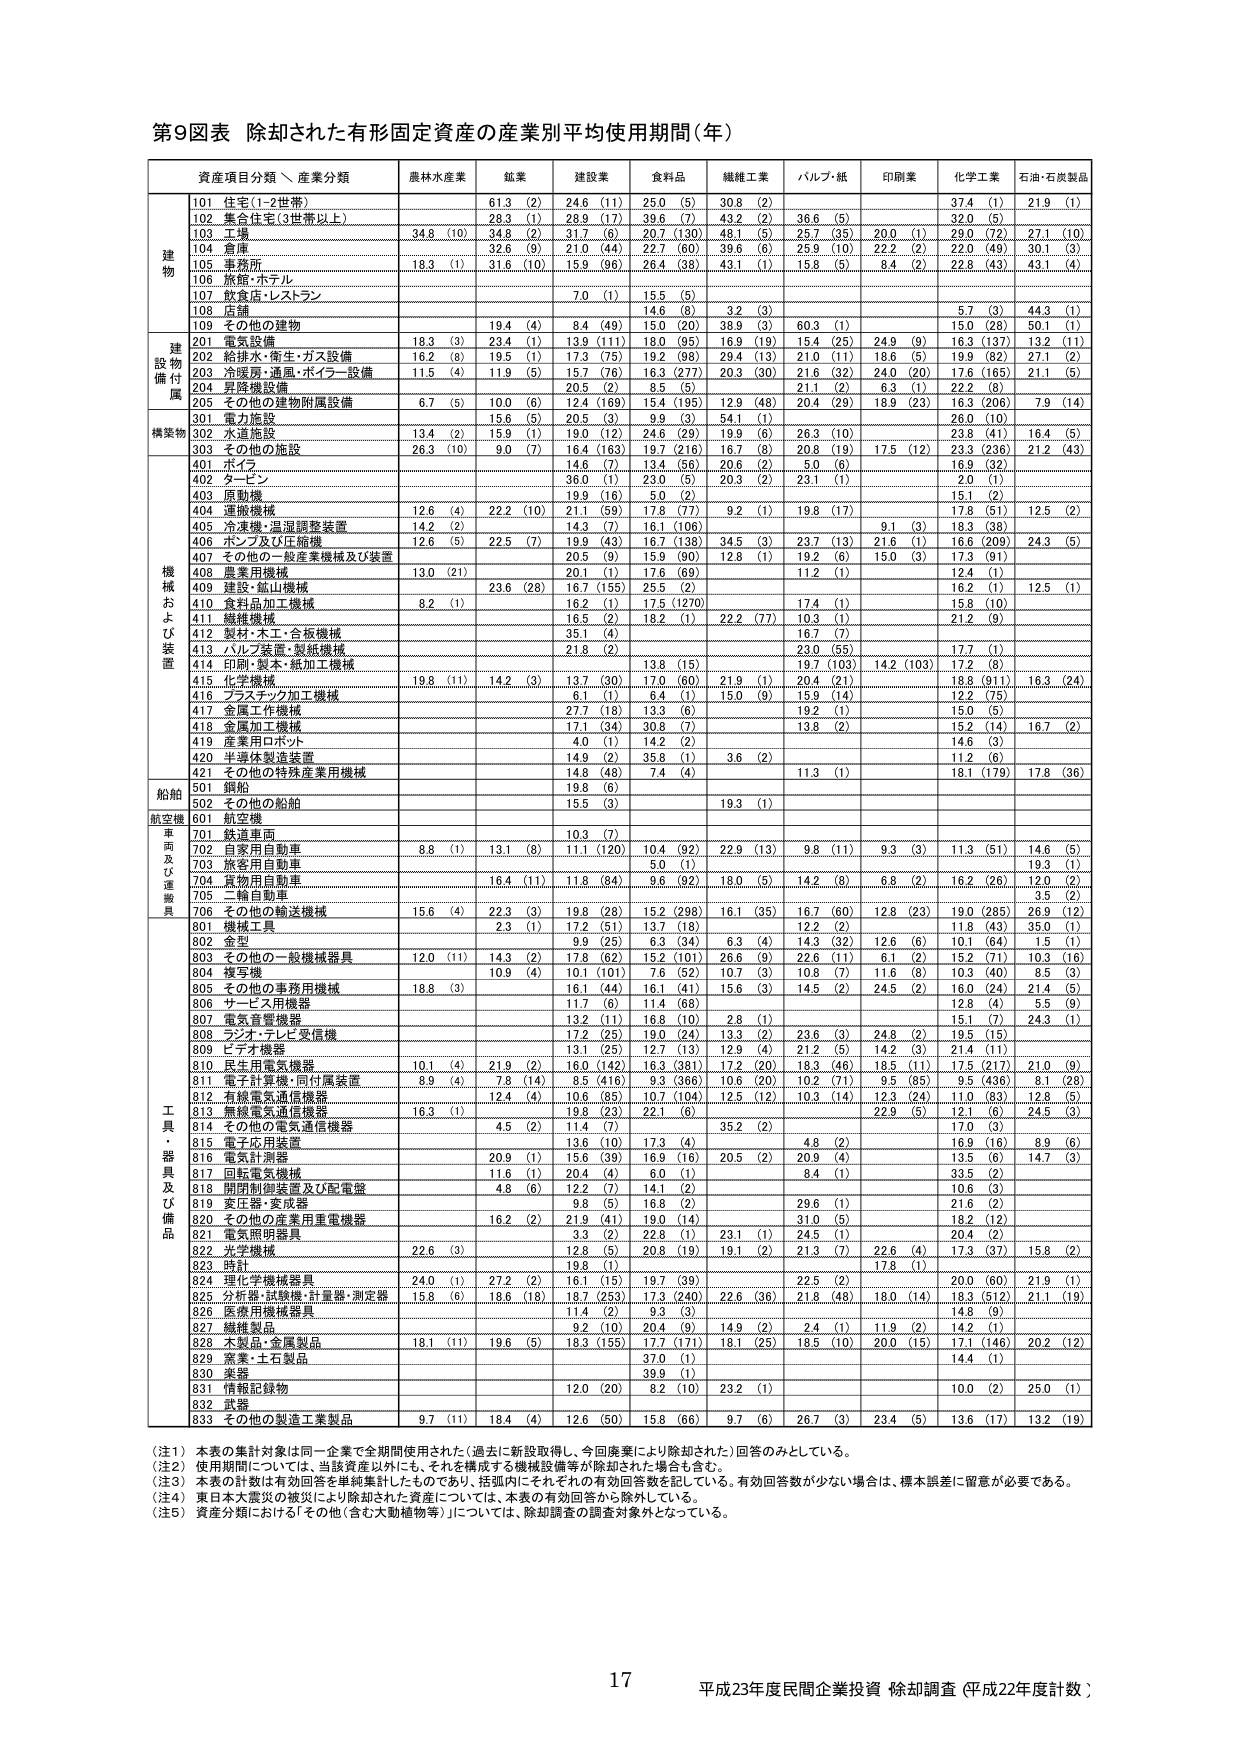
第9図表 除却された有形固定資産の産業別平均使用期間（年）

資産項目分類／産業分類　農林水産業　鉱業　建設業　食料品　繊維工業　パルプ・紙　印刷業　化学工業　石油・石炭製品

建物
101 住宅(1-2世帯)　61.3 (2)　24.6 (11)　25.0 (5)　30.8 (2)　　　　　　　37.4 (1)　21.9 (1)
102 集合住宅(3世帯以上)　28.3 (1)　28.9 (17)　39.6 (7)　43.2 (2)　36.6 (5)　　　32.0 (5)　　
103 工場　34.8 (10)　34.8 (2)　31.7 (6)　20.7 (130)　48.1 (5)　25.7 (35)　20.0 (1)　29.0 (72)　27.1 (10)
104 倉庫　　　　　　　32.6 (9)　21.0 (44)　22.7 (60)　39.6 (6)　25.9 (10)　22.2 (2)　22.0 (49)　30.1 (3)
105 事務所　18.3 (1)　31.6 (10)　15.9 (96)　26.4 (38)　43.1 (1)　15.8 (5)　8.4 (2)　22.8 (43)　43.1 (4)
106 旅館・ホテル